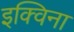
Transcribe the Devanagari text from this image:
इक्विना